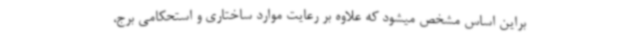
براین اساس مشخص میشود که علاوه بر رعایت موارد ساختاری و استحکامی برج،